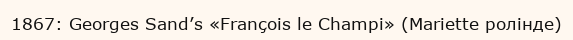
1867: Georges Sand’s «François le Champi» (Mariette ролінде)